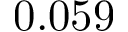
0 . 0 5 9